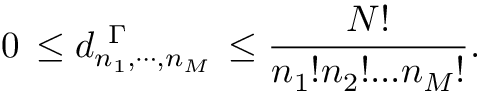
0 \, \leq d _ { n _ { 1 } , \cdots , n _ { M } } ^ { \ \Gamma } \, \leq \frac { N ! } { n _ { 1 } ! n _ { 2 } ! . . . n _ { M } ! } .